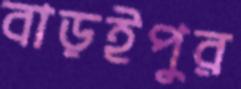
বাড়ইপুর